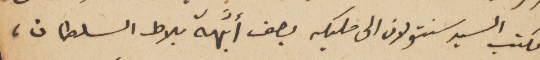
فكتب السيد سنتولان الى مليكه يصف أبَّهة بلاط السلطان،